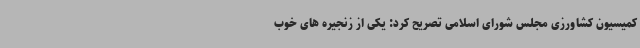
کمیسیون کشاورزی مجلس شورای اسلامی تصریح کرد: یکی از زنجیره های خوب